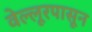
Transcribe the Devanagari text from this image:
वेल्लूरपासून